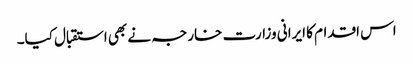
اس اقدام کا ایرانی وزارت خارجہ نے بھی استقبال کیا۔